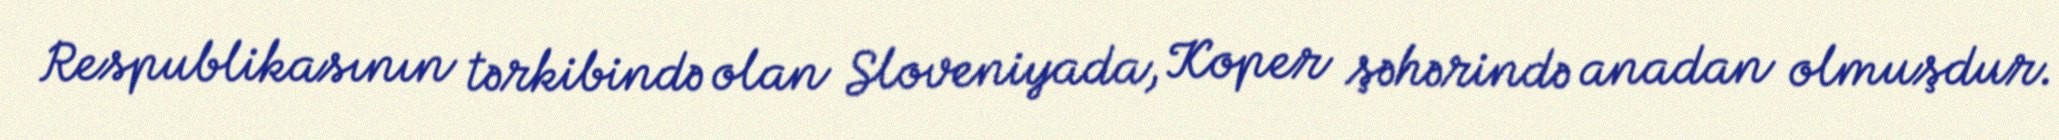
Respublikasının tərkibində olan Sloveniyada, Koper şəhərində anadan olmuşdur.